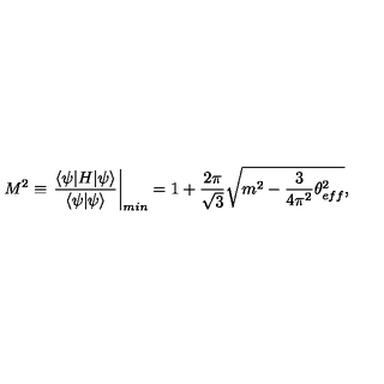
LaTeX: M ^ { 2 } \equiv \left. \frac { \langle \psi | H | \psi \rangle } { \langle \psi | \psi \rangle } \right| _ { m i n } = 1 + \frac { 2 \pi } { \sqrt { 3 } } \sqrt { m ^ { 2 } - \frac { 3 } { 4 \pi ^ { 2 } } \theta _ { e f f } ^ { 2 } } ,